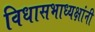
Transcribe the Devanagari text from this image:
विधासभाध्यक्षांनी